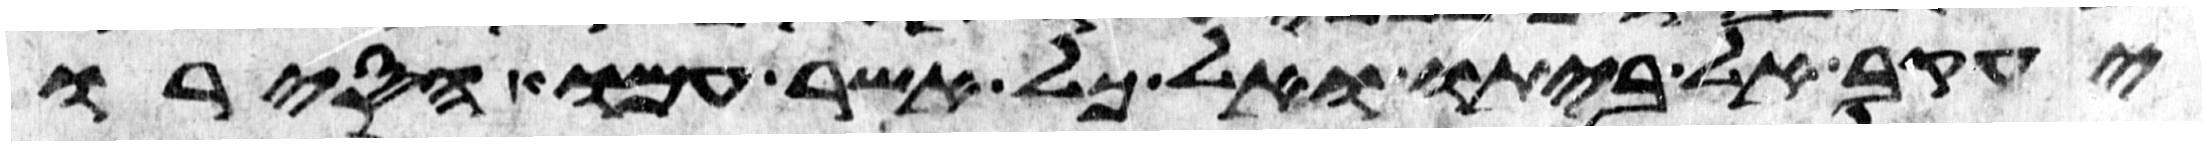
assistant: יעקב אל ביתו ואל כל אשר עמו הסירו